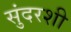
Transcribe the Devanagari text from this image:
सुंदरशी